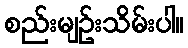
စည်းမျဥ်းသိမ်းပါ။